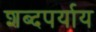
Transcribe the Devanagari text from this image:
शब्दपर्याय